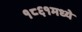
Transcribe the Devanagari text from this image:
१८६१मध्ये